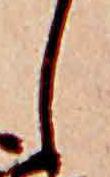
し